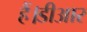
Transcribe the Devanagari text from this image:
हैं।डीआर